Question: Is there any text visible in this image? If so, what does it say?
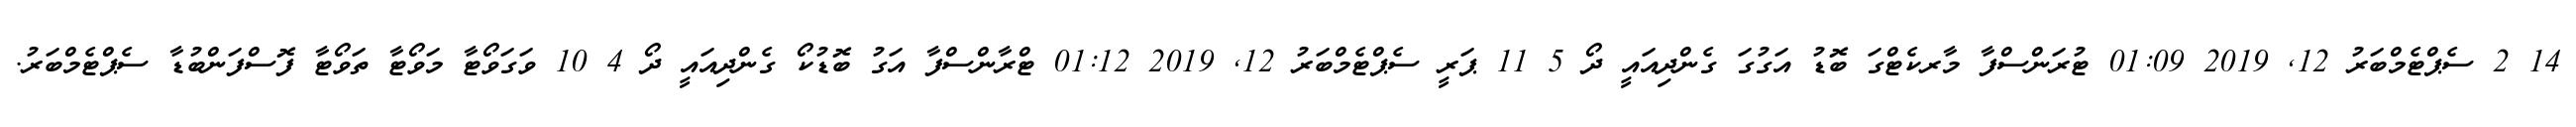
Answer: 14 2 ސެޕްޓެމްބަރު 12, 2019 01:09 ޓުރަންސްފާ މާރކެޓްގަ ބޮޑު އަގުގަ ގެންދިއައީ ދޯ 5 11 ޕަރީ ސެޕްޓެމްބަރު 12, 2019 01:12 ޓްރާންސްފާ އަގު ބޮޑުކޯ ގެންދިއައީ ދޯ 4 10 ވަގަވޯޓާ މަވޯޓާ ތަވޯޓާ ފޮސްފަންބުޑާ ސެޕްޓެމްބަރު.